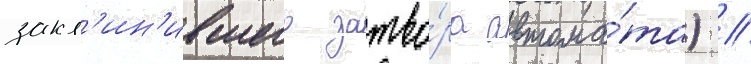
закл'ин'ившего затво́ра автома́та) //